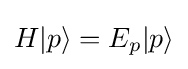
H|p\rangle =E_{p}|p\rangle